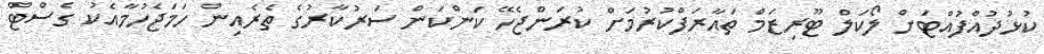
ކުޅުދުއްފުއްޓަށް ލޯކަލް ޓޫރިޒަމް ތައާރަފްކުރުމަށް ކުރަންޖެހޭ ކަންކަން ސަރުކާރުގެ ތެރެއިން ހަމަޖެހުމާއެކު ގެސްޓް